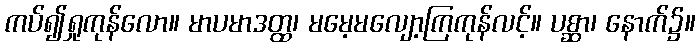
ကပ်၍ရှုကုန်လော။ မာပမာဒတ္ထ၊ မမေ့မလျော့ကြကုန်လင့်။ ပစ္ဆာ၊ နောက်၌။